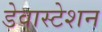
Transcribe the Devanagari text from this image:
डेवास्टेशन